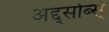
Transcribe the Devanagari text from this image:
अद्द्सोर्ब्स्